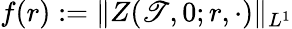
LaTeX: f(r):=\| Z(\mathscr{T},0;r,\cdot)\| _{L^{1}}